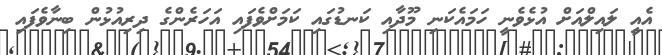
އެއީ ލައިލްއަށް އުޅެވެނީ ހަމައެކަނި މޫދާއި ކަނޑުގައި ކަމަށްވެފައި އަހަރެންގެ ދިރިއުުޅުން ބިނާވެފައި